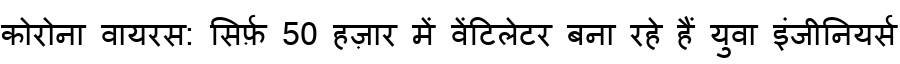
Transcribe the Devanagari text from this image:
कोरोना वायरस: सिर्फ़ 50 हज़ार में वेंटिलेटर बना रहे हैं युवा इंजीनियर्स